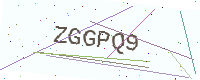
Text: ZGGPQ9